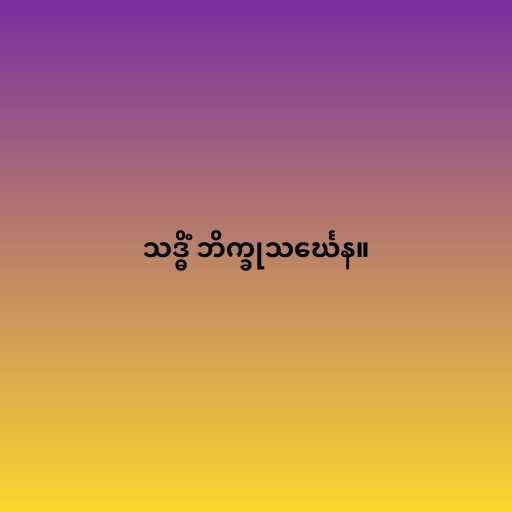
သဒ္ဓိံ ဘိက္ခုသင်္ဃေန။